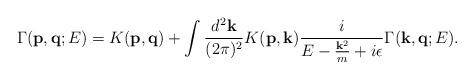
LaTeX: \begin{align*}\Gamma({\bf p},{\bf q};E)=K({\bf p},{\bf q})+\int\frac{d^2 {\bf k}}{(2\pi)^2}K({\bf p},{\bf k})\frac{i}{E-\frac{{\bf k}^2}{m}+i\epsilon}\Gamma({\bf k},{\bf q};E). \end{align*}